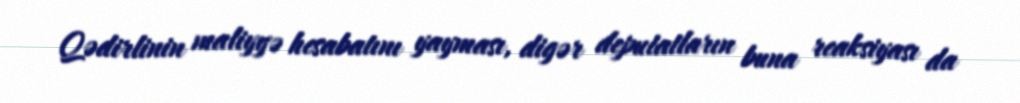
Qədirlinin maliyyə hesabatını yayması, digər deputatların buna reaksiyası da